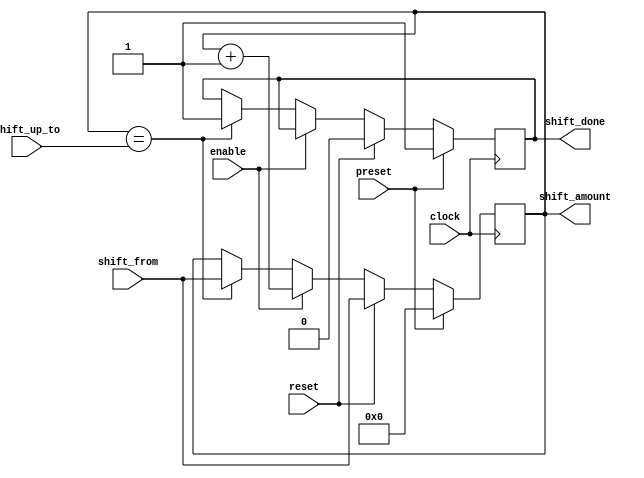
module shift_amount_increaser(clock, reset, preset, enable, shift_from, shift_up_to, shift_amount, shift_done);
	input clock;
	input reset;
	input preset;
	input enable;
	// shift_from is a lower value than shift_up_to -- we wanna end up with 
	// a higher shift = a lower volume
	input [3:0] shift_from, shift_up_to;
	output reg [3:0]shift_amount;
	output reg shift_done;

	always @ (posedge clock) begin
		if (preset)begin
			shift_done <= 1;
			shift_amount <= 0;
		end
		else if (reset)begin
			shift_done <= 0;
			shift_amount <= shift_from;
			end
		else if(enable)begin
			shift_done <= shift_done;
			shift_amount <= shift_amount + 1;
			end
		else if (shift_amount == shift_up_to) begin
			shift_done <= 1;
			shift_amount <= shift_from;
			end
		end
endmodule